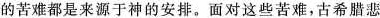
的苦难都是来源于神的安排。面对这些苦难，古希腊悲